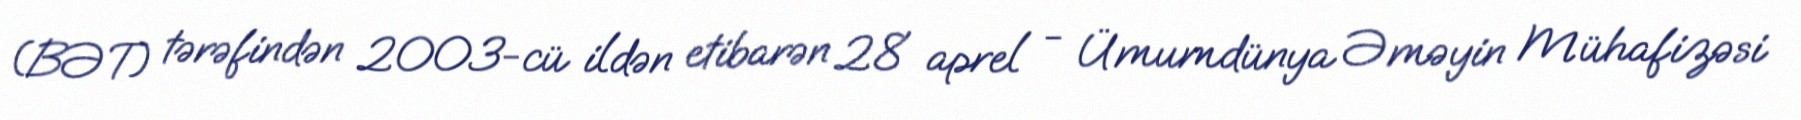
(BƏT) tərəfindən 2003-cü ildən etibarən 28 aprel - Ümumdünya Əməyin Mühafizəsi